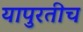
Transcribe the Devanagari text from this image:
यापुरतीच